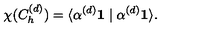
\chi ( C _ { h } ^ { ( d ) } ) = \langle \alpha ^ { ( d ) } \mathbf { 1 } \mid \alpha ^ { ( d ) } \mathbf { 1 } \rangle .